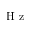
\textrm { H z }